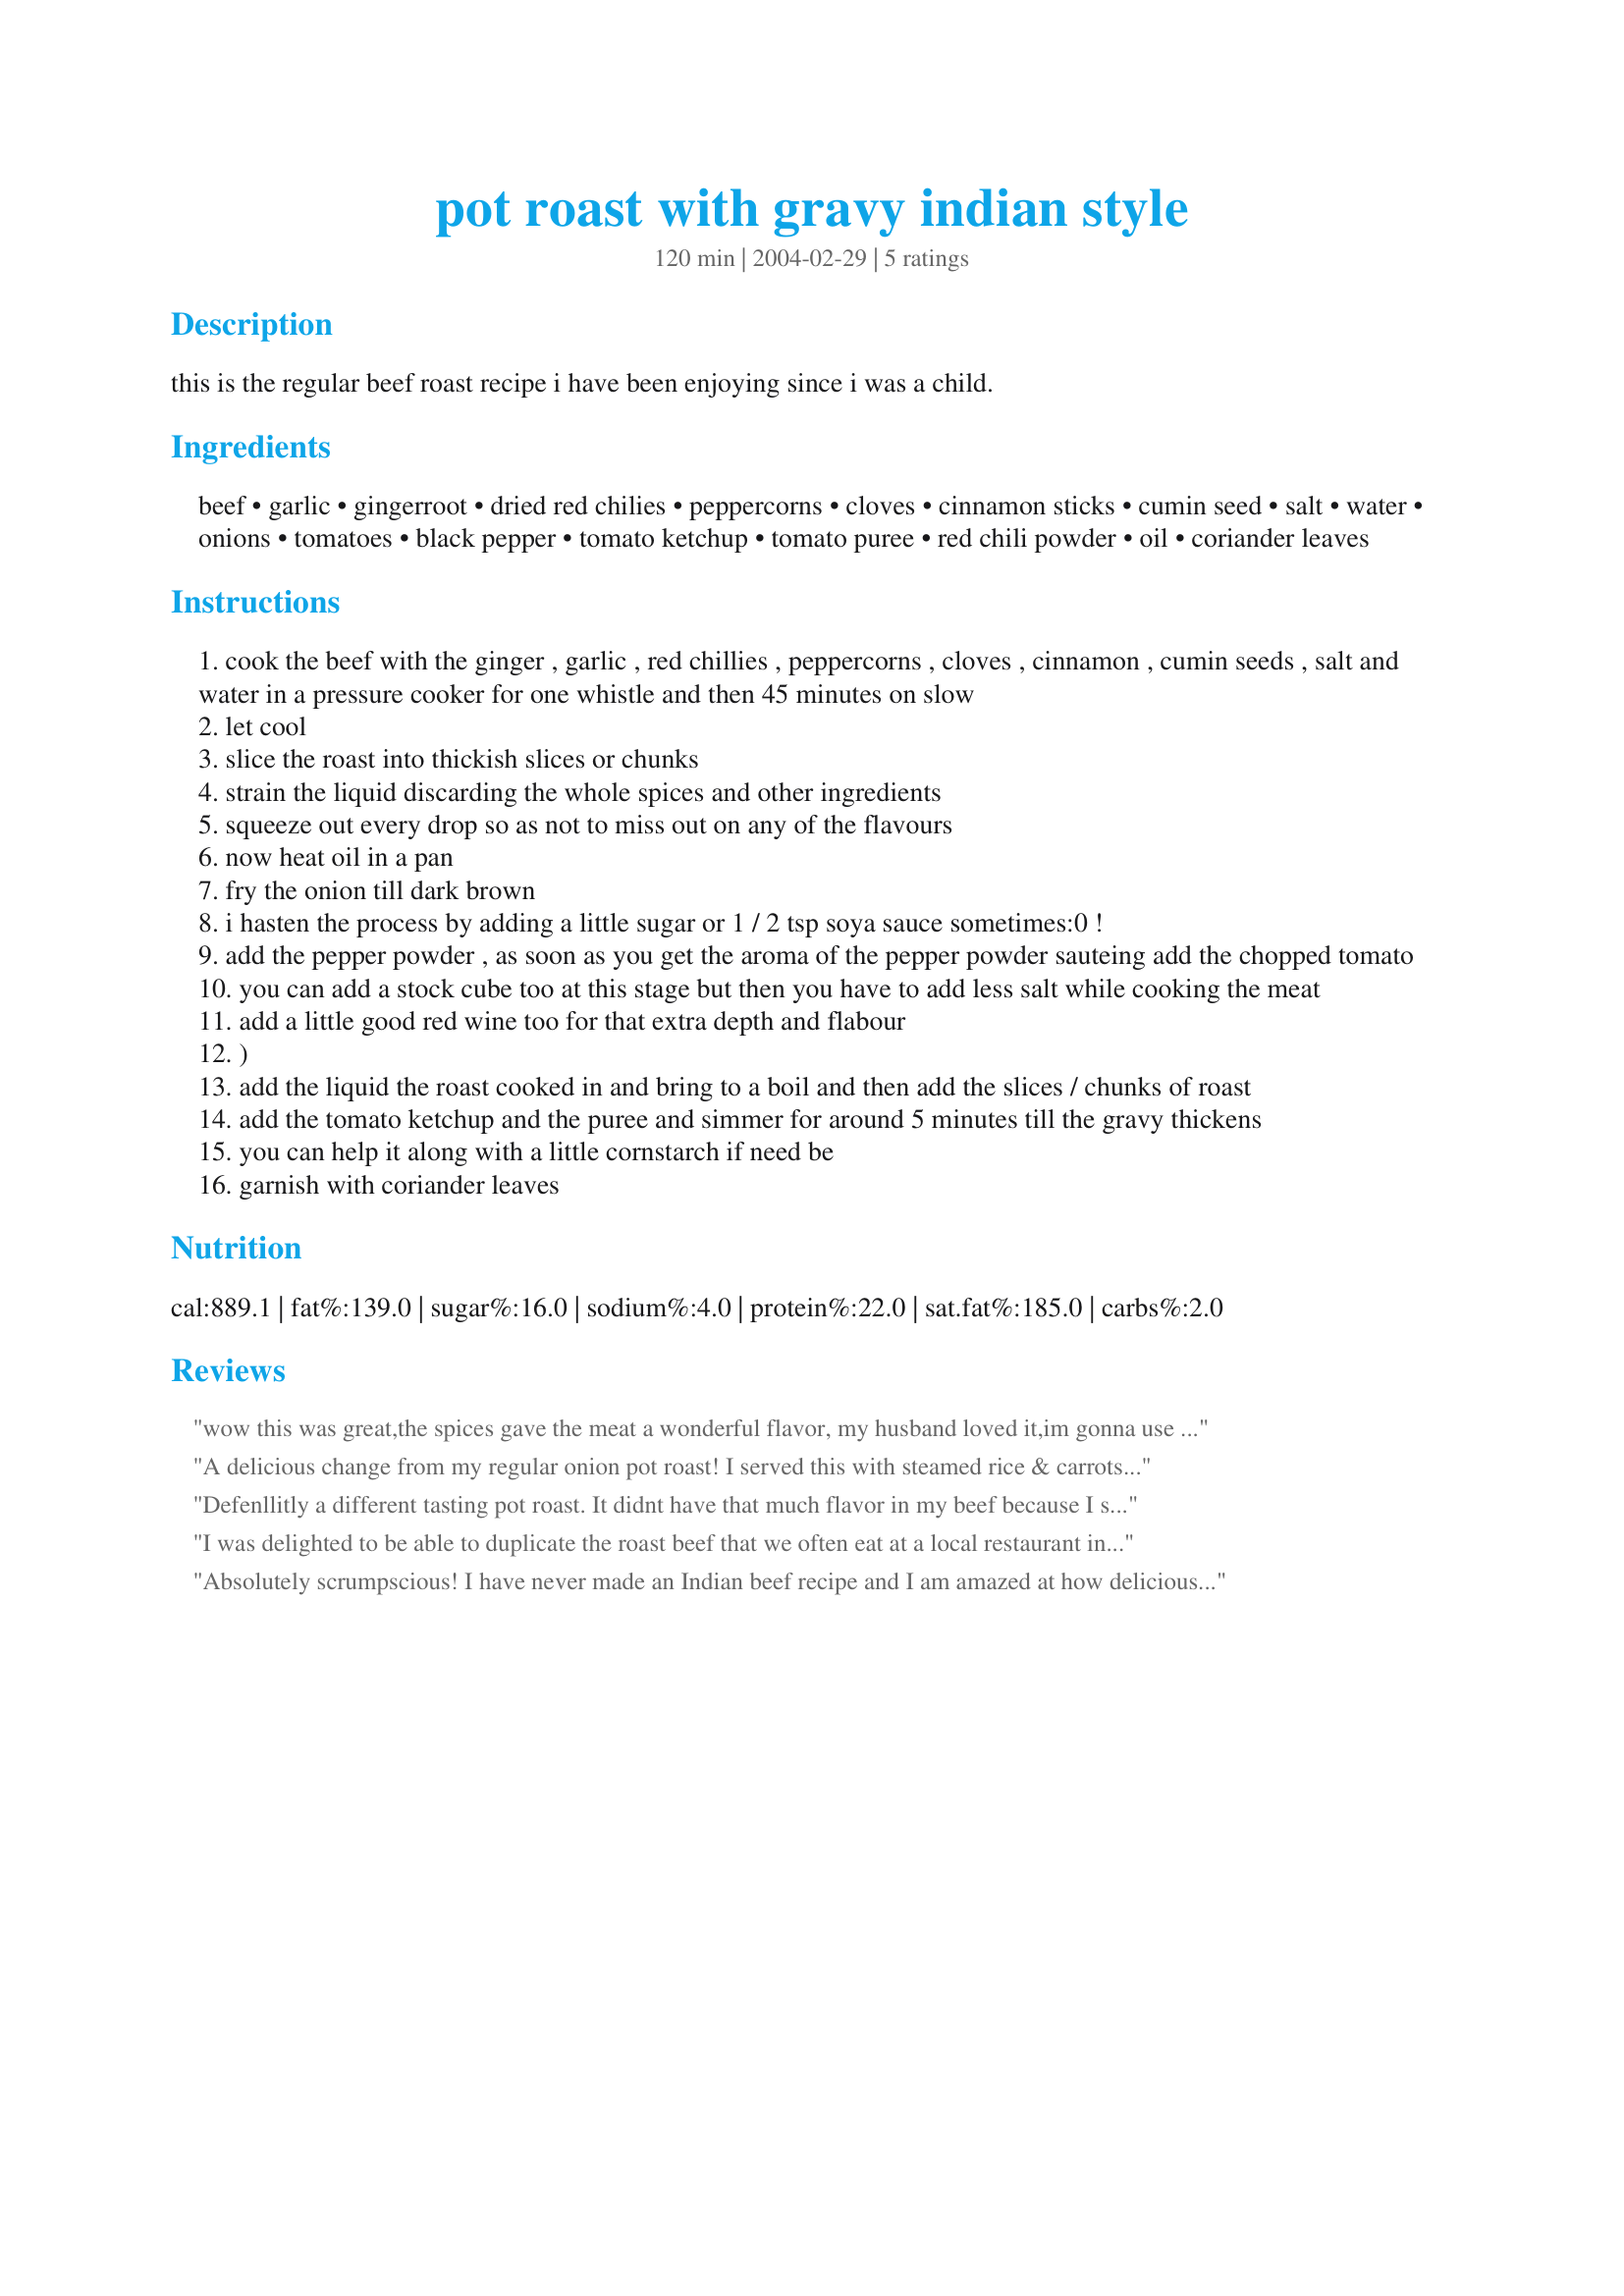
pot roast with gravy indian style
Preparation time: 120 minutes

this is the regular beef roast recipe i have been enjoying since i was a child.

Ingredients:
beef, garlic, gingerroot, dried red chilies, peppercorns, cloves, cinnamon sticks, cumin seed, salt, water, onions, tomatoes, black pepper, tomato ketchup, tomato puree, red chili powder, oil, coriander leaves

Steps:
cook the beef with the ginger , garlic , red chillies , peppercorns , cloves , cinnamon , cumin seeds , salt and water in a pressure cooker for one whistle and then 45 minutes on slow
let cool
slice the roast into thickish slices or chunks
strain the liquid discarding the whole spices and other ingredients
squeeze out every drop so as not to miss out on any of the flavours
now heat oil in a pan
fry the onion till dark brown
i hasten the process by adding a little sugar or 1 / 2 tsp soya sauce sometimes:0 !
add the pepper powder , as soon as you get the aroma of the pepper powder sauteing add the chopped tomato
you can add a stock cube too at this stage but then you have to add less salt while cooking the meat
add a little good red wine too for that extra depth and flabour
)
add the liquid the roast cooked in and bring to a boil and then add the slices / chunks of roast
add the tomato ketchup and the puree and simmer for around 5 minutes till the gravy thickens
you can help it along with a little cornstarch if need be
garnish with coriander leaves

Reviews:
wow this was great,the spices gave the meat a wonderful flavor, my husband loved it,im gonna use this potroast recipe to make for my inlaws when they come over for dinner, i also think it would be great for a christmas roast
A delicious change from my regular onion pot roast! I served this with steamed rice & carrots. But I must confess that I cut back on the red chilies & the red chili powder since hubby is a bit wimpy. Thanx Fay!
Defenllitly a different tasting pot roast. It didnt have that much flavor in my beef because I set the ginger and cinimmon on dry portions of the meat. I am thinking I might put it down in the juice next time so it aborbes into the meat. I also will flip the meat half way through cook time to make sure it all gets to simmer in the juice. I served with Recipe #310292 and lots of fresh cilantro. I added the optional wine and the bullion (I had a mishap with the roast juice and it ended on the floor). The dish was so tasty we will be having this often from now on. Thank you Girl from India!
I was delighted to be able to duplicate the roast beef that we often eat at a local restaurant in Dubai. They definitely have your recipe Fay. The only mistake I made was to add a bit extra water for gravy that made it lose it's roast beef appearance, which is always dry. Won't make that mistake again. Thanks for sharing
Absolutely scrumpscious! I have never made an Indian beef recipe and I am amazed at how delicious this was! I cooked the beef in the oven like a pot roast, and I also skipped all the straining steps, since I toasted the spices and rubbed them into the meat. I wasn't sure what you meant by pepper powder, so I used a mixture of Paprika, Chili powder and Indian red chili powder. I wasn't sure how spicy all of this was going to be but BOY was it bang on. I didn't use ketchup (couldn't bring myself to put ketchup in an asian cuisine dish) so I used Chili suace instead. Servied it with some good quality basmati rice and more coriander leaves, (we love it), and I have to say this was one of the most delicious things I've ever made!!! THANK YOU. Louise
